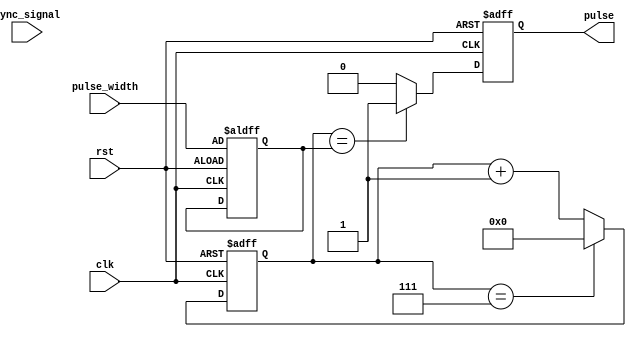
module VariablePulseWidthGenerator (
    input wire clk,
    input wire rst,
    input wire sync_signal,
    input wire [7:0] pulse_width,
    output reg pulse
);

reg [7:0] count;
reg [7:0] pulse_width_count;
reg sync_pulse;

always @ (posedge clk or posedge rst) begin
    if (rst) begin
        count <= 8'b0;
        pulse_width_count <= pulse_width;
        pulse <= 1'b0;
        sync_pulse <= 1'b0;
    end else begin
        count <= count + 1;
        
        if (sync_signal && count == 8'b0) begin
            sync_pulse <= 1'b1;
        end else begin
            sync_pulse <= 1'b0;
        end
        
        if (count == pulse_width_count) begin
            pulse <= 1'b1;
        end else begin
            pulse <= 1'b0;
        end
        
        if (count == 8'b111) begin
            count <= 8'b0;
        end
        
    end
end

endmodule